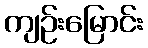
ကျဉ်းမြောင်း